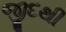
જીદથી